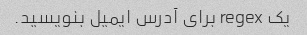
یک regex برای آدرس ایمیل بنویسید.